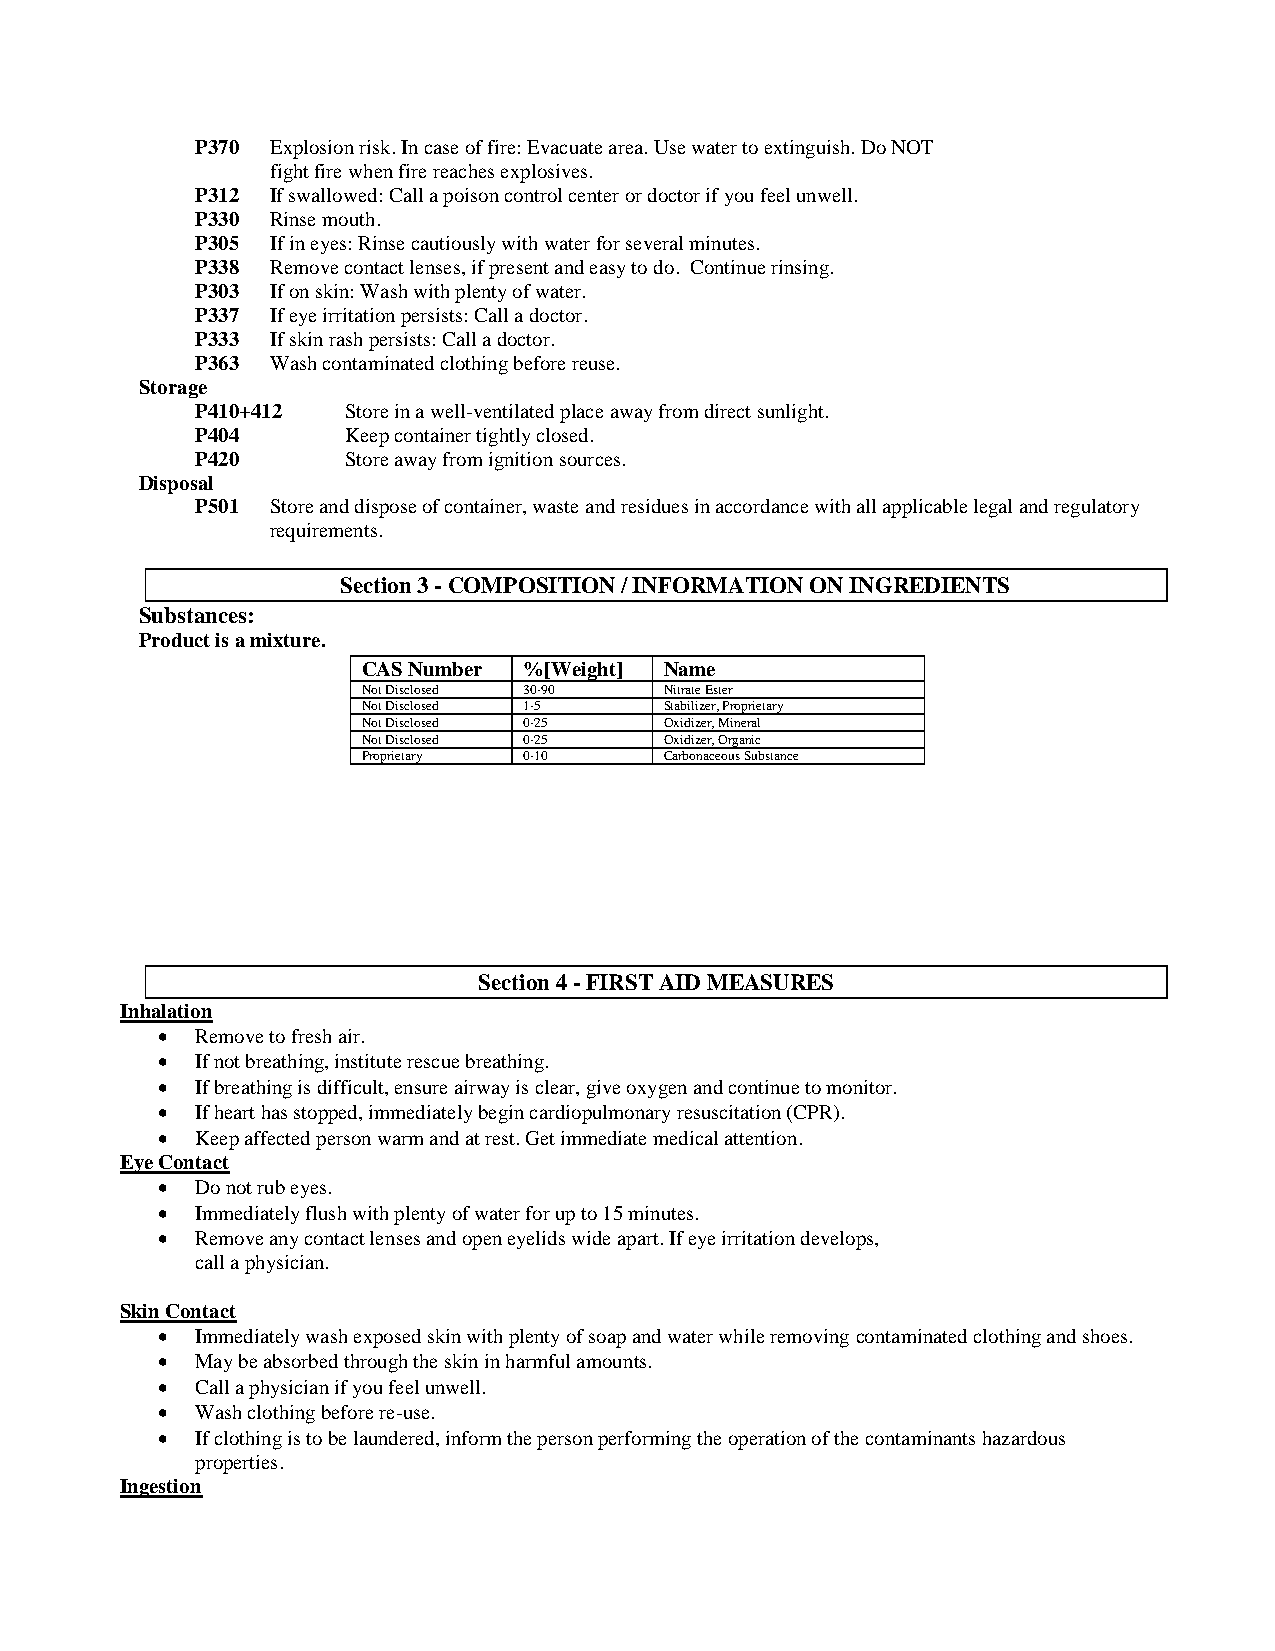
P370 Explosion risk. In case of fire: Evacuate area. Use water to extinguish. Do NOT
 fight fire when fire reaches explosives.
 P312 If swallowed: Call a poison control center or doctor if you feel unwell.
 P330 Rinse mouth.
 P305 If in eyes: Rinse cautiously with water for several minutes.
 P338 Remove contact lenses, if present and easy to do. Continue rinsing.
 P303 If on skin: Wash with plenty of water.
 P337 If eye irritation persists: Call a doctor.
 P333 If skin rash persists: Call a doctor.
 P363 Wash contaminated clothing before reuse.
 Storage
 P410+412  Store in a well-ventilated place away from direct sunlight.
 P404      Keep container tightly closed.
 P420      Store away from ignition sources.
 Disposal
 P501 Store and dispose of container, waste and residues in accordance with all applicable legal and regulatory
 requirements.
 Section 3 - COMPOSITION / INFORMATION ON INGREDIENTS
 Substances:
 Product is a mixture.
 CAS Number %[Weight] Name
 Not Disclosed 30-90 Nitrate Ester
 Not Disclosed 1-5   Stabilizer, Proprietary
 Not Disclosed 0-25  Oxidizer, Mineral
 Not Disclosed 0-25  Oxidizer, Organic
 Proprietary 0-10    Carbonaceous Substance
 Section 4 - FIRST AID MEASURES
 Inhalation
   Remove to fresh air.
   If not breathing, institute rescue breathing.
   If breathing is difficult, ensure airway is clear, give oxygen and continue to monitor.
   If heart has stopped, immediately begin cardiopulmonary resuscitation (CPR).
   Keep affected person warm and at rest. Get immediate medical attention.
 Eye Contact
   Do not rub eyes.
   Immediately flush with plenty of water for up to 15 minutes.
   Remove any contact lenses and open eyelids wide apart. If eye irritation develops,
 call a physician.
 Skin Contact
   Immediately wash exposed skin with plenty of soap and water while removing contaminated clothing and shoes.
   May be absorbed through the skin in harmful amounts.
   Call a physician if you feel unwell.
   Wash clothing before re-use.
   If clothing is to be laundered, inform the person performing the operation of the contaminants hazardous
 properties.
 Ingestion